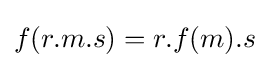
f(r.m.s)=r.f(m).s